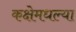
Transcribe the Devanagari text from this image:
कक्षेमधल्या